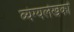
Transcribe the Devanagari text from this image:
व्यंग्यलेखकों